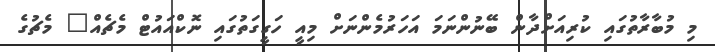
މި މުބާރާތުގައި ކުރިއަށްދާން ބޭނުންނަމަ އަހަރުމެންނަށް މިއީ ހަގީގަތުގައި ނޮކްއައުޓް މެޗެއް" މެޗުގެ